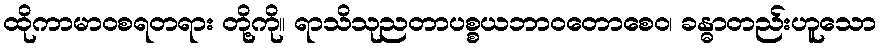
ထိုကာမာဝစရတရား တို့ကို။ ရာသိသုညတာပစ္စယဘာဝတောစေဝ၊ ခန္ဓာတည်းဟူသော